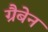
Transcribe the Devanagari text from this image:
ग्रैबेन